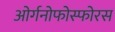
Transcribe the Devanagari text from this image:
ओर्गनोफोस्फोरस